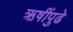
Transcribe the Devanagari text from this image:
ऋषींपुढे